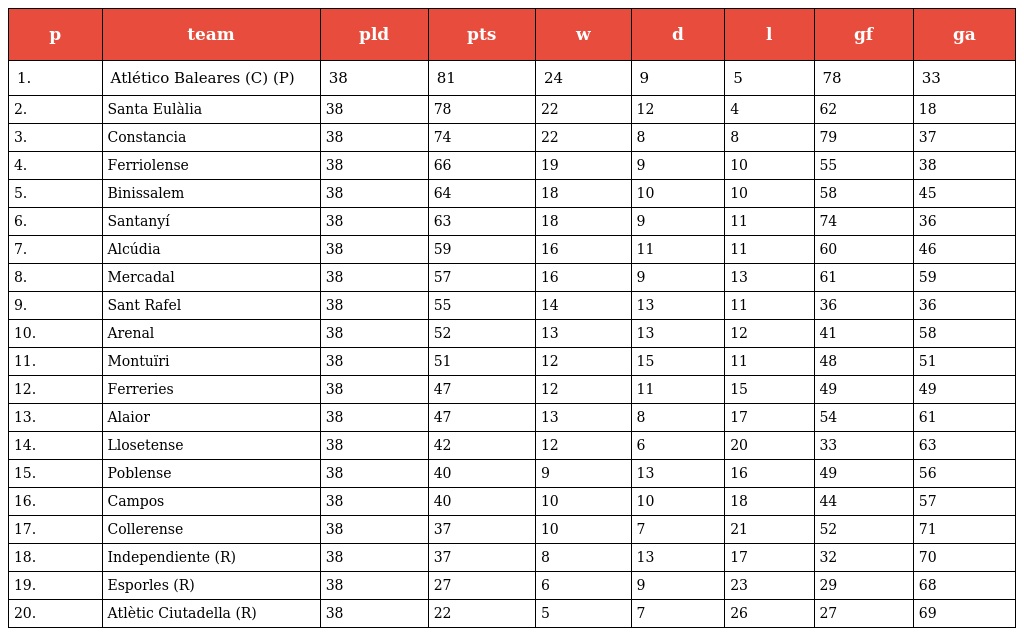
| p | team | pld | pts | w | d | l | gf | ga |
 | --- | --- | --- | --- | --- | --- | --- | --- | --- |
 | 1. | Atlético Baleares (C) (P) | 38 | 81 | 24 | 9 | 5 | 78 | 33 |
 | 2. | Santa Eulàlia | 38 | 78 | 22 | 12 | 4 | 62 | 18 |
 | 3. | Constancia | 38 | 74 | 22 | 8 | 8 | 79 | 37 |
 | 4. | Ferriolense | 38 | 66 | 19 | 9 | 10 | 55 | 38 |
 | 5. | Binissalem | 38 | 64 | 18 | 10 | 10 | 58 | 45 |
 | 6. | Santanyí | 38 | 63 | 18 | 9 | 11 | 74 | 36 |
 | 7. | Alcúdia | 38 | 59 | 16 | 11 | 11 | 60 | 46 |
 | 8. | Mercadal | 38 | 57 | 16 | 9 | 13 | 61 | 59 |
 | 9. | Sant Rafel | 38 | 55 | 14 | 13 | 11 | 36 | 36 |
 | 10. | Arenal | 38 | 52 | 13 | 13 | 12 | 41 | 58 |
 | 11. | Montuïri | 38 | 51 | 12 | 15 | 11 | 48 | 51 |
 | 12. | Ferreries | 38 | 47 | 12 | 11 | 15 | 49 | 49 |
 | 13. | Alaior | 38 | 47 | 13 | 8 | 17 | 54 | 61 |
 | 14. | Llosetense | 38 | 42 | 12 | 6 | 20 | 33 | 63 |
 | 15. | Poblense | 38 | 40 | 9 | 13 | 16 | 49 | 56 |
 | 16. | Campos | 38 | 40 | 10 | 10 | 18 | 44 | 57 |
 | 17. | Collerense | 38 | 37 | 10 | 7 | 21 | 52 | 71 |
 | 18. | Independiente (R) | 38 | 37 | 8 | 13 | 17 | 32 | 70 |
 | 19. | Esporles (R) | 38 | 27 | 6 | 9 | 23 | 29 | 68 |
 | 20. | Atlètic Ciutadella (R) | 38 | 22 | 5 | 7 | 26 | 27 | 69 |